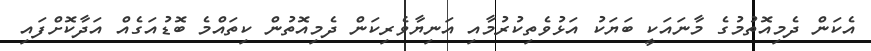
އެކަން ދެމިއޮތުމުގެ މާނައަކީ ބަޔަކު އަޅުވެތިކުރުމާއި އަނިޔާވެރިކަން ދެމިއޮތުން ކިތައްމެ ބޮޑުއަގެއް އަދާކޮށްފައި